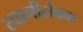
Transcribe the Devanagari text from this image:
स्वामीसेवक